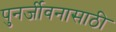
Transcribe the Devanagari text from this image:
पुनर्जीवनासाठी